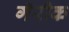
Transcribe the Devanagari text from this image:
गॅरीक